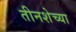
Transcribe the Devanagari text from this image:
तीनशेच्या